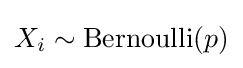
X_{i}\sim {\text{Bernoulli}}(p)